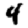
Digit: 4